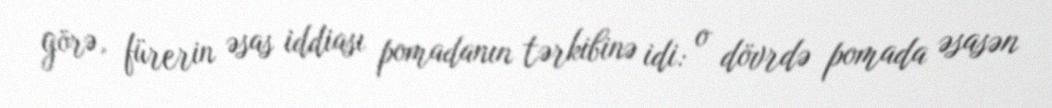
görə, fürerin əsas iddiası pomadanın tərkibinə idi: o dövrdə pomada əsasən